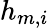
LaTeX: h_{m,i}